Lunatic asylums in Bengal annual reports 1888-1898 - 1888-1898
Year: 1888
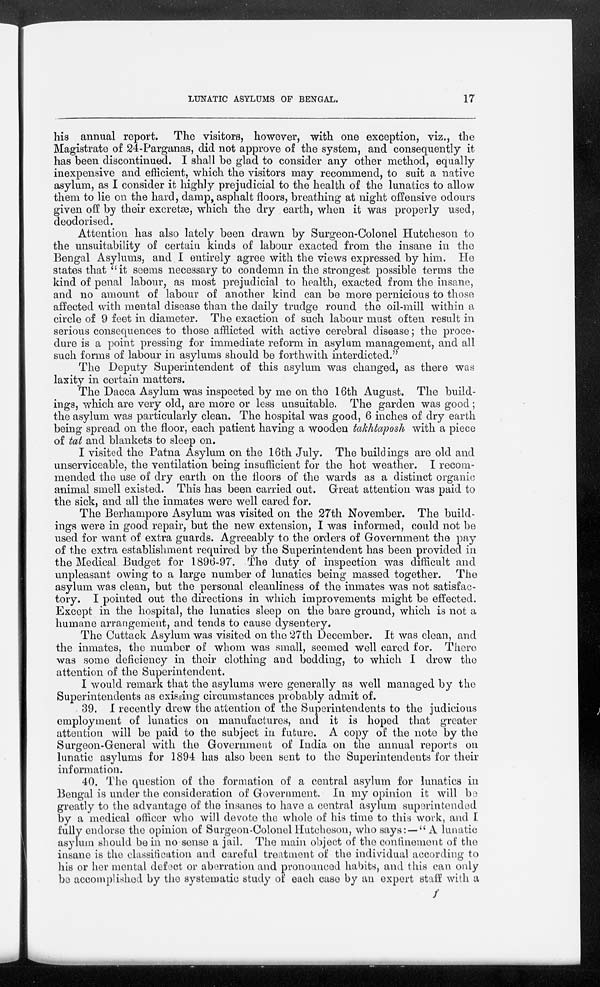
LUNATIC ASYLUMS OF BENGAL.
17
his annual report. The visitors, however, with one exception, viz., the
Magistrate of 24-Parganas, did not approve of the system, and consequently it
has been discontinued. I shall be glad to consider any other method, equally
inexpensive and efficient, which the visitors may recommend, to suit a native
asylum, as I consider it highly prejudicial to the health of the lunatics to allow
them to lie on the hard, damp, asphalt floors, breathing at night offensive odours
given off by their excretæ, which the dry earth, when it was properly used,
deodorised.
Attention has also lately been drawn by Surgeon-Colonel Hutcheson to
the unsuitability of certain kinds of labour exacted from the insane in the
Bengal Asylums, and I entirely agree with the views expressed by him. He
states that "it seems necessary to condemn in the strongest possible terms the
kind of penal labour, as most prejudicial to health, exacted from the insane,
and no amount of labour of another kind can be more pernicious to those
affected with mental disease than the daily trudge round the oil-mill within a
circle of 9 feet in diameter. The exaction of such labour must often result in
serious consequences to those afflicted with active cerebral disease; the proce-
dure is a point pressing for immediate reform in asylum management, and all
such forms of labour in asylums should be forthwith interdicted."
The Deputy Superintendent of this asylum was changed, as there was
laxity in certain matters.
The Dacca Asylum was inspected by me on the 16th August. The build-
ings, which are very old, are more or less unsuitable. The garden was good ;
the asylum was particularly clean. The hospital was good, 6 inches of dry earth
being spread on the floor, each patient having a wooden takhtaposh with a piece
of tat and blankets to sleep on.
I visited the Patna Asylum on the 16th July. The buildings are old and
unserviceable, the ventilation being insufficient for the hot weather. I recom-
mended the use of dry earth on the floors of the wards as a distinct organic
animal smell existed. This has been carried out. Great attention was paid to
the sick, and all the inmates were well cared for.
The Berhampore Asylum was visited on the 27th November. The build-
ings were in good repair, but the new extension, I was informed, could not be
used for want of extra guards. Agreeably to the orders of Government the pay
of the extra establishment required by the Superintendent has been provided in
the Medical Budget for 1896-97. The duty of inspection was difficult and
unpleasant owing to a large number of lunatics being massed together. The
asylum was clean, but the personal cleanliness of the inmates was not satisfac-
tory. I pointed out the directions in which improvements might be effected.
Except in the hospital, the lunatics sleep on the bare ground, which is not a
humane arrangement, and tends to cause dysentery.
The Cuttack Asylum was visited on the 27th December. It was clean, and
the inmates, the number of whom was small, seemed well cared for. There
was some deficiency in their clothing and bedding, to which I drew the
attention of the Superintendent.
I would remark that the asylums were generally as well managed by the
Superintendents as exissing circumstances probably admit of.
39. I recently drew the attention of the Superintendents to the judicious
employment of lunatics on manufactures, and it is hoped that greater
attention will be paid to the subject in future. A copy of the note by the
Surgeon-General with the Government of India on the annual reports on
lunatic asylums for 1894 has also been sent to the Superintendents for their
information.
40. The question of the formation of a central asylum for lunatics in
Bengal is under the consideration of Government. In my opinion it will be
greatly to the advantage of the insanes to have a central asylum superintended
by a medical officer who will devote the whole of his time to this work, and I
fully endorse the opinion of Surgeon-Colonel Hutcheson, who says: — " A lunatic
asylum should be in no sense a jail. The main object of the confinement of the
insane is the classification and careful treatment of the individual according to
his or her mental defect or aberration and pronounced habits, and this can only
be accomplished by the systematic study of each case by an expert staff with a
f